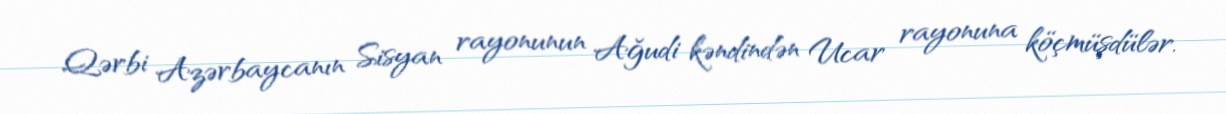
Qərbi Azərbaycanın Sisyan rayonunun Ağudi kəndindən Ucar rayonuna köçmüşdülər.